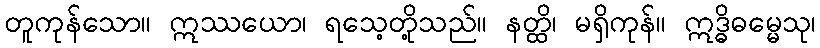
တူကုန်သော။ ဣဿယော၊ ရသေ့တို့သည်။ နတ္ထိ၊ မရှိကုန်။ ဣဒ္ဓိဓမ္မေသု၊